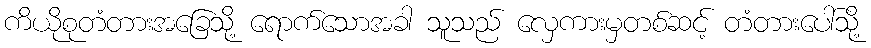
ကိယိုစုတံတားအခြေသို့ ရောက်သောအခါ သူသည် လှေကားမှတစ်ဆင့် တံတားပေါ်သို့